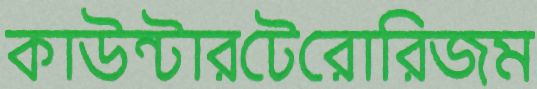
কাউন্টারটেরোরিজম